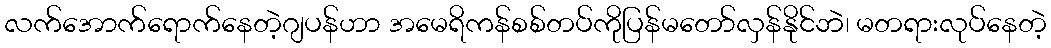
လက်အောက်ရောက်နေတဲ့ဂျပန်ဟာ အမေရိကန်စစ်တပ်ကိုပြန်မတော်လှန်နိုင်ဘဲ၊ မတရားလုပ်နေတဲ့